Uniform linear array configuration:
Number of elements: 4
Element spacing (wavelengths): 0.5
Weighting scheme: kaiser
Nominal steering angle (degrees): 15
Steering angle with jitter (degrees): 16.87
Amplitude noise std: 0.05
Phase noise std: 0.05

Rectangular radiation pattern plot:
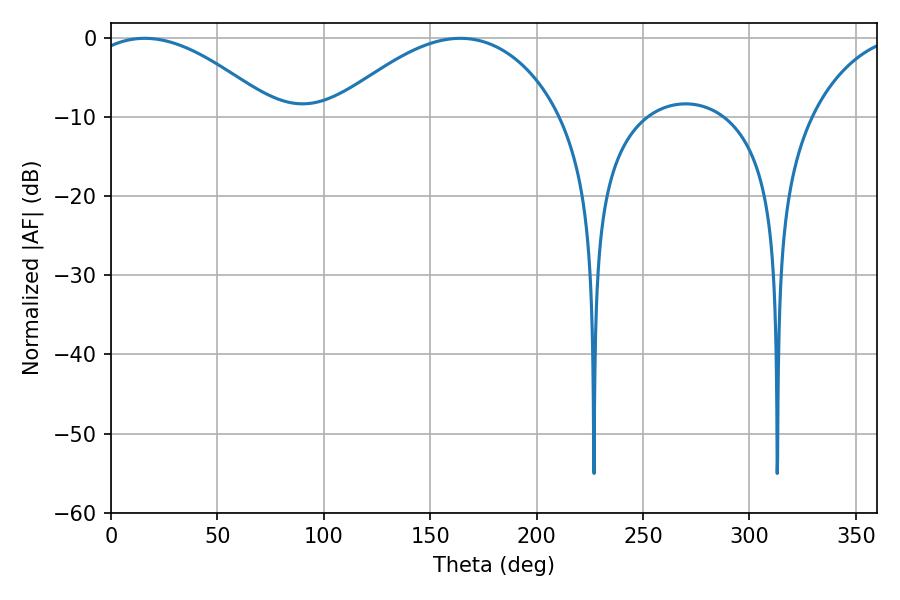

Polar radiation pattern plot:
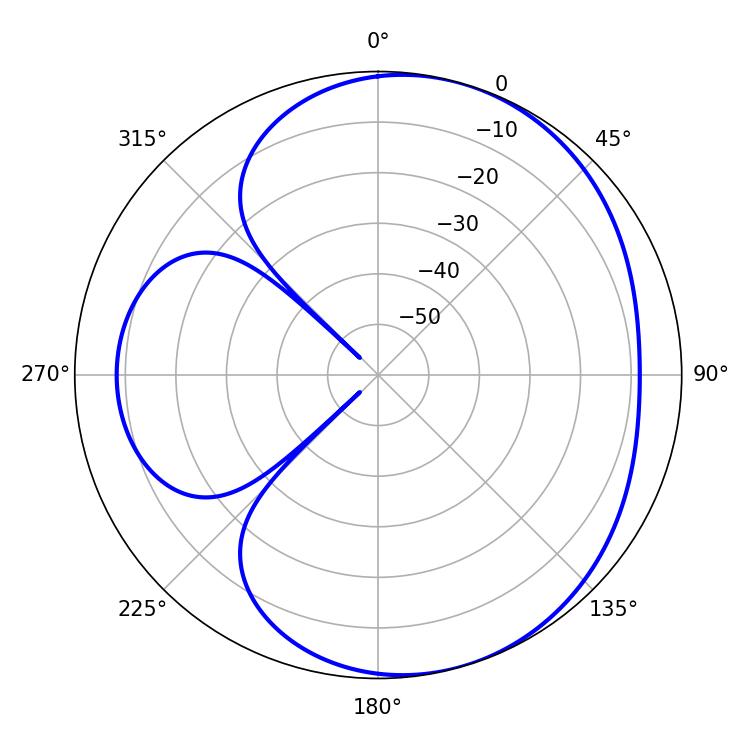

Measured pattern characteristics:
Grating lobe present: FALSE
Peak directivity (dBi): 4.895
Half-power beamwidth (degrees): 48.24
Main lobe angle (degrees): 15.84